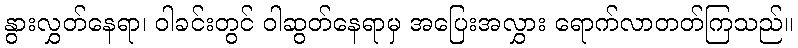
နွားလွှတ်နေရာ၊ ဝါခင်းတွင် ဝါဆွတ်နေရာမှ အပြေးအလွှား ရောက်လာတတ်ကြသည်။